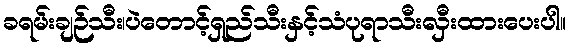
ခရမ်းချဉ်သီး၊ပဲတောင့်ရှည်သီးနှင့်သံပုရာသီးလှီးထားပေးပါ။